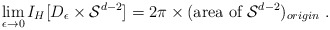
\begin{align*}\lim_{\epsilon \rightarrow 0} I_H [D_{\epsilon} \times{\cal S}^{d-2}] = 2\pi \times (\mbox{area of }{\cal S}^{d-2})_{origin} \ .\end{align*}